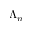
\Lambda _ { n }